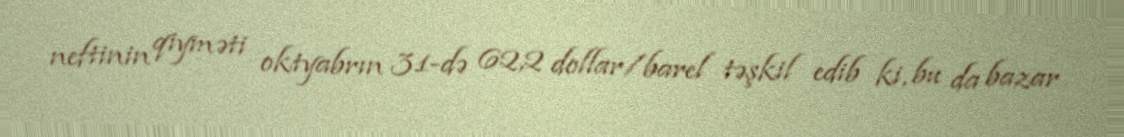
neftinin qiyməti oktyabrın 31-də 62,2 dollar/barel təşkil edib ki, bu da bazar